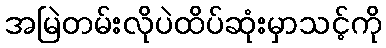
အမြဲတမ်းလိုပဲထိပ်ဆုံးမှာသင့်ကို